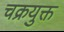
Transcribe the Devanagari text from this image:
चक्रयुक्त